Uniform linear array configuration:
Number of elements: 4
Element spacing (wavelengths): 0.5
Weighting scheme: uniform
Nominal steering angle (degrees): -45
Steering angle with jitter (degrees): -43.181
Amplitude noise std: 0.05
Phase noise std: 0.05

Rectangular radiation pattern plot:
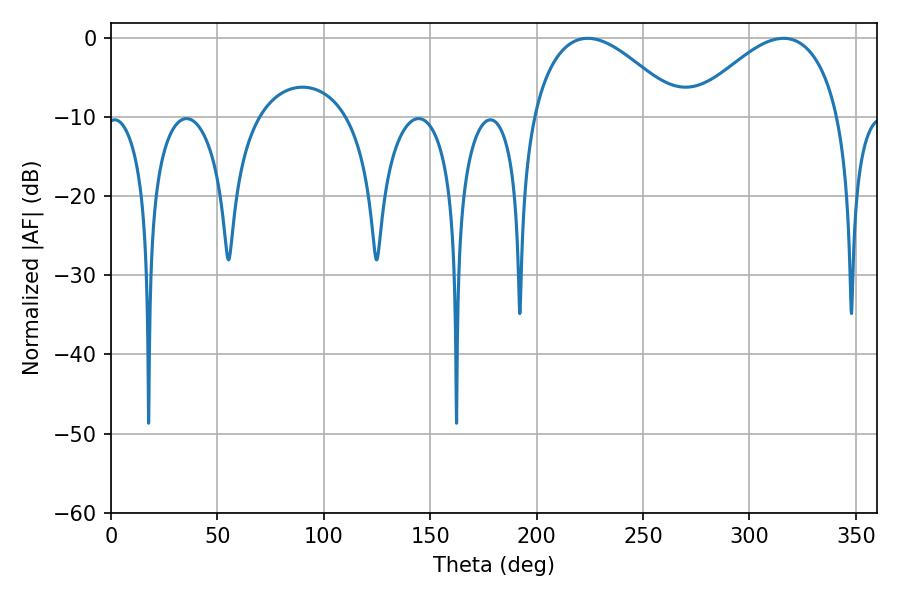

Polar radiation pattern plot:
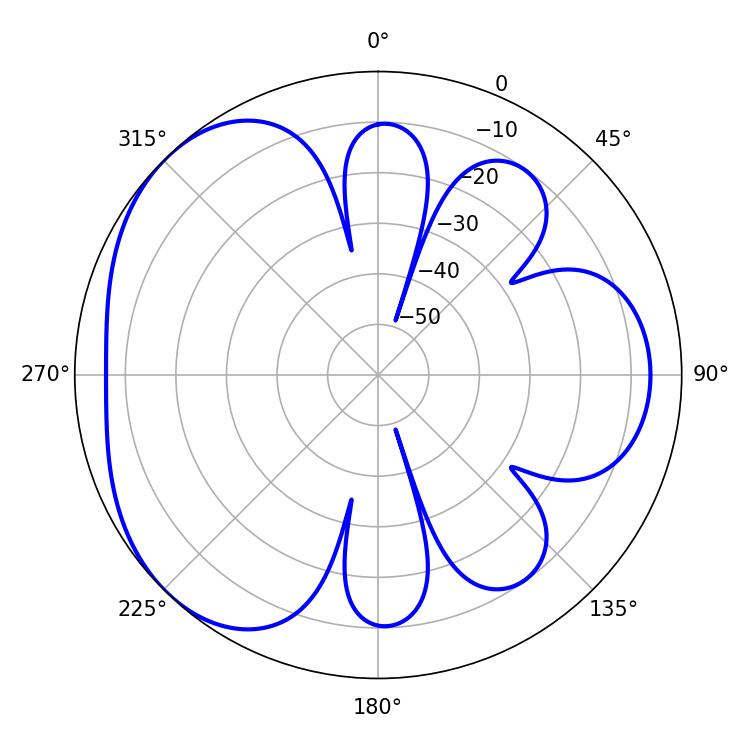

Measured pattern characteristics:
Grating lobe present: FALSE
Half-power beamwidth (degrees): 38.16
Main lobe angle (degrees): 316.08